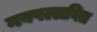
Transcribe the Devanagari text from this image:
नवपल्लवित